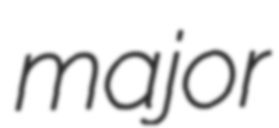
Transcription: major